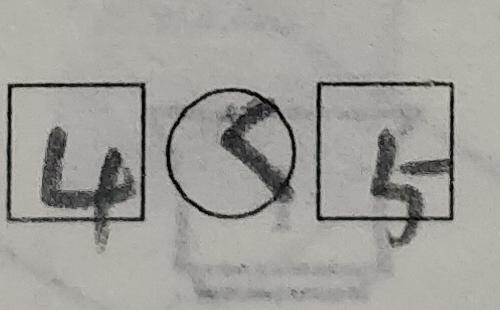
\boxed { 4 } \textcircled { < } \boxed { 5 }